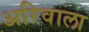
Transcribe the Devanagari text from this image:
अरिवाला